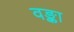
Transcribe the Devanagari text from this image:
वङ्का